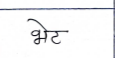
मजकूर: भेट